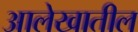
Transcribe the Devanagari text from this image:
आलेखातील